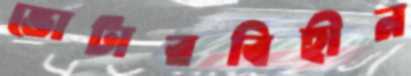
ভোটারবিহীন